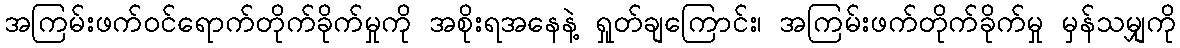
အကြမ်းဖက်ဝင်ရောက်တိုက်ခိုက်မှုကို အစိုးရအနေနဲ့ ရှုတ်ချကြောင်း၊ အကြမ်းဖက်တိုက်ခိုက်မှု မှန်သမျှကို